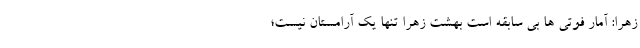
زهرا: آمار فوتی ها بی سابقه است بهشت ‌زهرا تنها یک آرامستان نیست؛